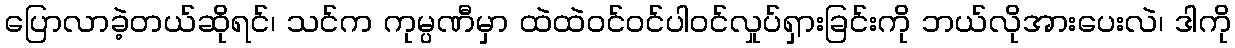
ပြောလာခဲ့တယ်ဆိုရင်၊ သင်က ကုမ္ပဏီမှာ ထဲထဲဝင်ဝင်ပါဝင်လှုပ်ရှားခြင်းကို ဘယ်လိုအားပေးလဲ၊ ဒါကို